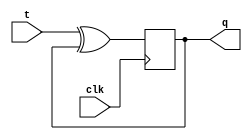
module xup_tff#(parameter DELAY = 3)(
    input t,
    input clk,
    output q
    );
    reg q;
    initial q=0;
    always @(posedge clk)
    begin 
        q <= #DELAY t^q;
    end
    
endmodule